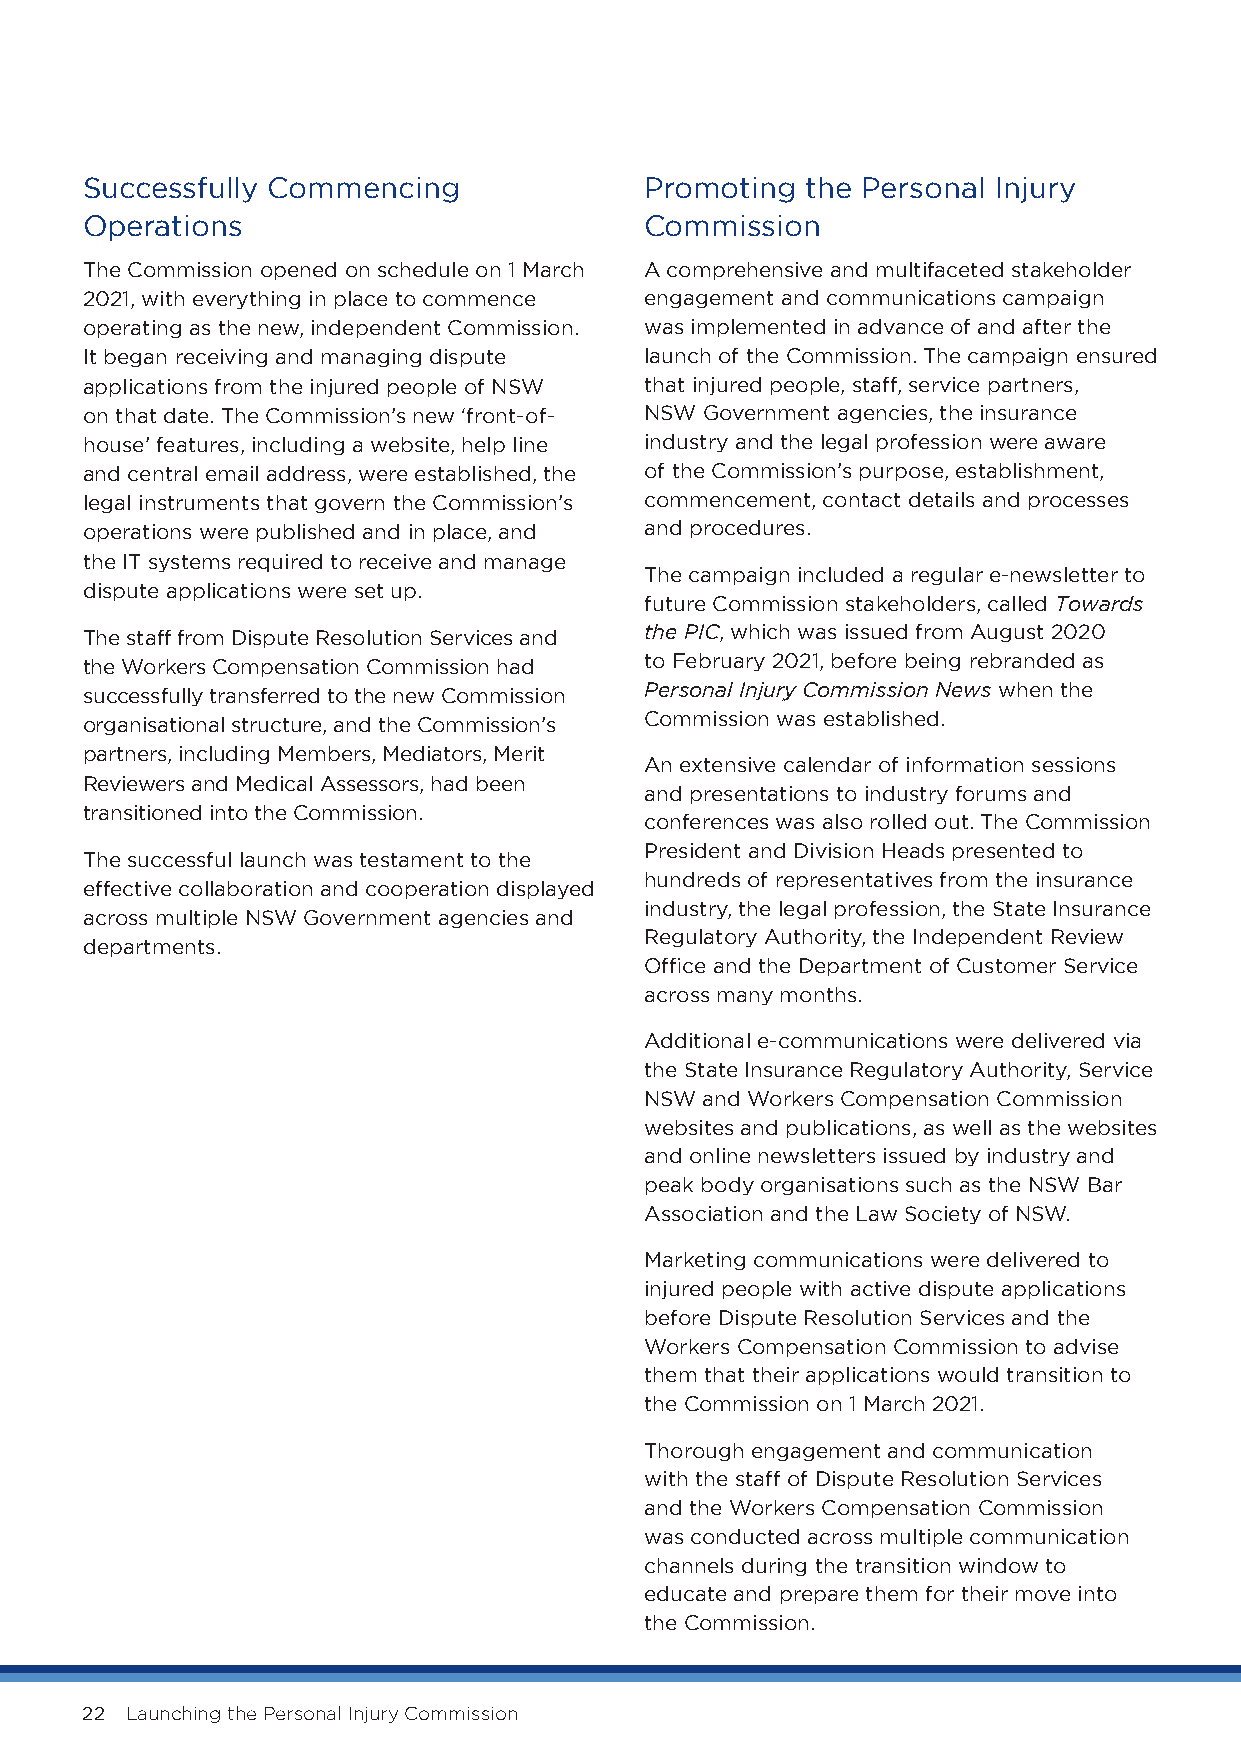
Successfully Commencing               Promoting the Personal Injury
 Operations                            Commission
 The Commission opened on schedule on 1 March A comprehensive and multifaceted stakeholder
 2021, with everything in place to commence engagement and communications campaign
 operating as the new, independent Commission. was implemented in advance of and after the
 It began receiving and managing dispute launch of the Commission. The campaign ensured
 applications from the injured people of NSW that injured people, staff, service partners,
 on that date. The Commission’s new ‘front-of- NSW Government agencies, the insurance
 house’ features, including a website, help line industry and the legal profession were aware
 and central email address, were established, the of the Commission’s purpose, establishment,
 legal instruments that govern the Commission’s commencement, contact details and processes
 operations were published and in place, and and procedures.
 the IT systems required to receive and manage
 The campaign included a regular e-newsletter to
 dispute applications were set up.
 future Commission stakeholders, called Towards
 The staff from Dispute Resolution Services and the PIC, which was issued from August 2020
 the Workers Compensation Commission had to February 2021, before being rebranded as
 successfully transferred to the new Commission Personal Injury Commission News when the
 Commission was established.
 organisational structure, and the Commission’s
 partners, including Members, Mediators, Merit
 An extensive calendar of information sessions
 Reviewers and Medical Assessors, had been
 and presentations to industry forums and
 transitioned into the Commission.
 conferences was also rolled out. The Commission
 President and Division Heads presented to
 The successful launch was testament to the
 hundreds of representatives from the insurance
 effective collaboration and cooperation displayed
 industry, the legal profession, the State Insurance
 across multiple NSW Government agencies and
 Regulatory Authority, the Independent Review
 departments.
 Office and the Department of Customer Service
 across many months.
 Additional e-communications were delivered via
 the State Insurance Regulatory Authority, Service
 NSW and Workers Compensation Commission
 websites and publications, as well as the websites
 and online newsletters issued by industry and
 peak body organisations such as the NSW Bar
 Association and the Law Society of NSW.
 Marketing communications were delivered to
 injured people with active dispute applications
 before Dispute Resolution Services and the
 Workers Compensation Commission to advise
 them that their applications would transition to
 the Commission on 1 March 2021.
 Thorough engagement and communication
 with the staff of Dispute Resolution Services
 and the Workers Compensation Commission
 was conducted across multiple communication
 channels during the transition window to
 educate and prepare them for their move into
 the Commission.
 22 Launching the Personal Injury Commission